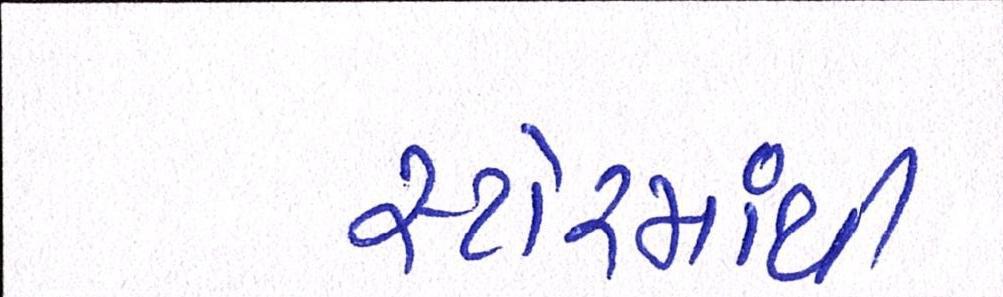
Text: સ્ટોરમાંથી